Lunatic asylums Central Provinces reports 1874-1885 - 1874-1885
Year: 1874
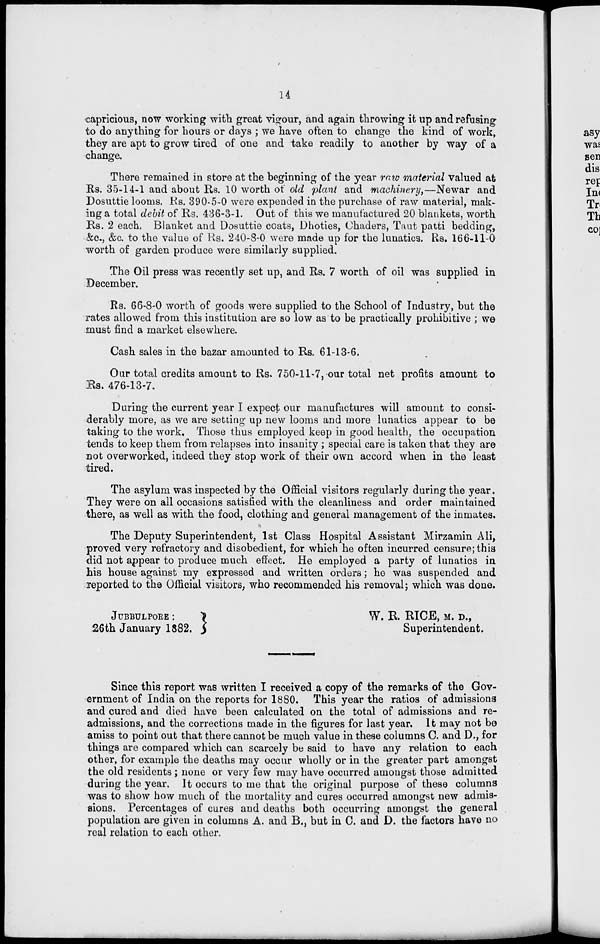
14
capricious, now working with great vigour, and again throwing it up and refusing
to do anything for hours or days ; we have often to change the kind of work,
they are apt to grow tired of one and take readily to another by way of a
change.
There remained in store at the beginning of the year raw material valued at
Rs. 35-14-1 and about Rs. 10 worth of old plant and machinery,—Newar and
Dosuttie looms. Rs. 390-5-0 were expended in the purchase of raw material, mak-
ing a total debit of Rs. 436-3-1. Out of this we manufactured 20 blankets, worth
Rs. 2 each. Blanket and Dosuttie coats, Dhoties, Chaders, Taut patti bedding,
&c., &c. to the value of Rs. 240-8-0 were made up for the lunatics. Rs. 166-11-0
worth of garden produce were similarly supplied.
The Oil press was recently set up, and Rs. 7 worth of oil was supplied in
December.
Rs. 66-8-0 worth of goods were supplied to the School of Industry, but the
rates allowed from this institution are so low as to be practically prohibitive ; we
must find a market elsewhere.
Cash sales in the bazar amounted to Rs. 61-13-6.
Our total credits amount to Rs. 750-11-7, our total net profits amount to
Rs. 476-13-7.
During the current year I expect our manufactures will amount to consi-
derably more, as we are setting up new looms and more lunatics appear to be
taking to the work. Those thus employed keep in good health, the occupation
tends to keep them from relapses into insanity ; special care is taken that they are
not overworked, indeed they stop work of their own accord when in the least
tired.
The asylum was inspected by the Official visitors regularly during the year.
They were on all occasions satisfied with the cleanliness and order maintained
there, as well as with the food, clothing and general management of the inmates.
The Deputy Superintendent, 1st Class Hospital Assistant Mirzamin Ali,
proved very refractory and disobedient, for which he often incurred censure; this
did not appear to produce much effect. He employed a party of lunatics in
his house against my expressed and written orders ; he was suspended and
reported to the Official visitors, who recommended his removal; which was done.
JUBBULPORE :
W. R. RICE, M. D.,
26th January 1882.
Superintendent.
Since this report was written I received a copy of the remarks of the Gov-
ernment of India on the reports for 1880. This year the ratios of admissions
and cured and died have been calculated on the total of admissions and re-
admissions, and the corrections made in the figures for last year. It may not be
amiss to point out that there cannot be much value in these columns C. and D., for
things are compared which can scarcely be said to have any relation to each
other, for example the deaths may occur wholly or in the greater part amongst
the old residents ; none or very few may have occurred amongst those admitted
during the year. It occurs to me that the original purpose of these columns
was to show how much of the mortality and cures occurred amongst new admis-
sions. Percentages of cures and deaths both occurring amongst the general
population are given in columns A. and B., but in C. and D. the factors have no
real relation to each other.